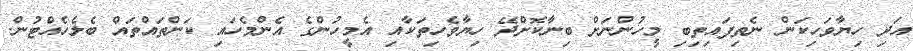
އަދި ހިޔާވަހިކަން ނެތިފައިތިބި މީހުންނަށް ބިނާކޮށްދޭ ހިޔާވެހިތަކާއި އެމީހުންގެ އެންމެހައި ކަންތައްތައް ބެލެހެއްޓުން.